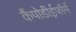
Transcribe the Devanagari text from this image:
कैंपोडीईफॉर्म